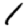
Digit: 1